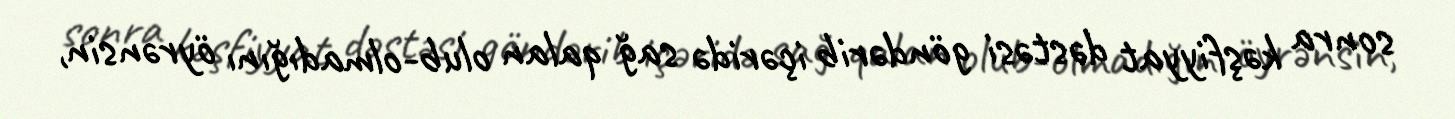
sonra kəşfiyyat dəstəsi göndərib içəridə sağ qalan olub-olmadığını öyrənsin,